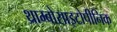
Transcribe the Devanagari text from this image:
थ्राम्बोसाइटोपीनिक